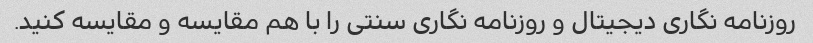
روزنامه نگاری دیجیتال و روزنامه نگاری سنتی را با هم مقایسه و مقایسه کنید.